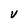
Character: v